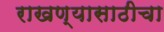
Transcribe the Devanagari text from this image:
राखण्यासाठीचा